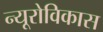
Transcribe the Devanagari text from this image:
न्यूरोविकास